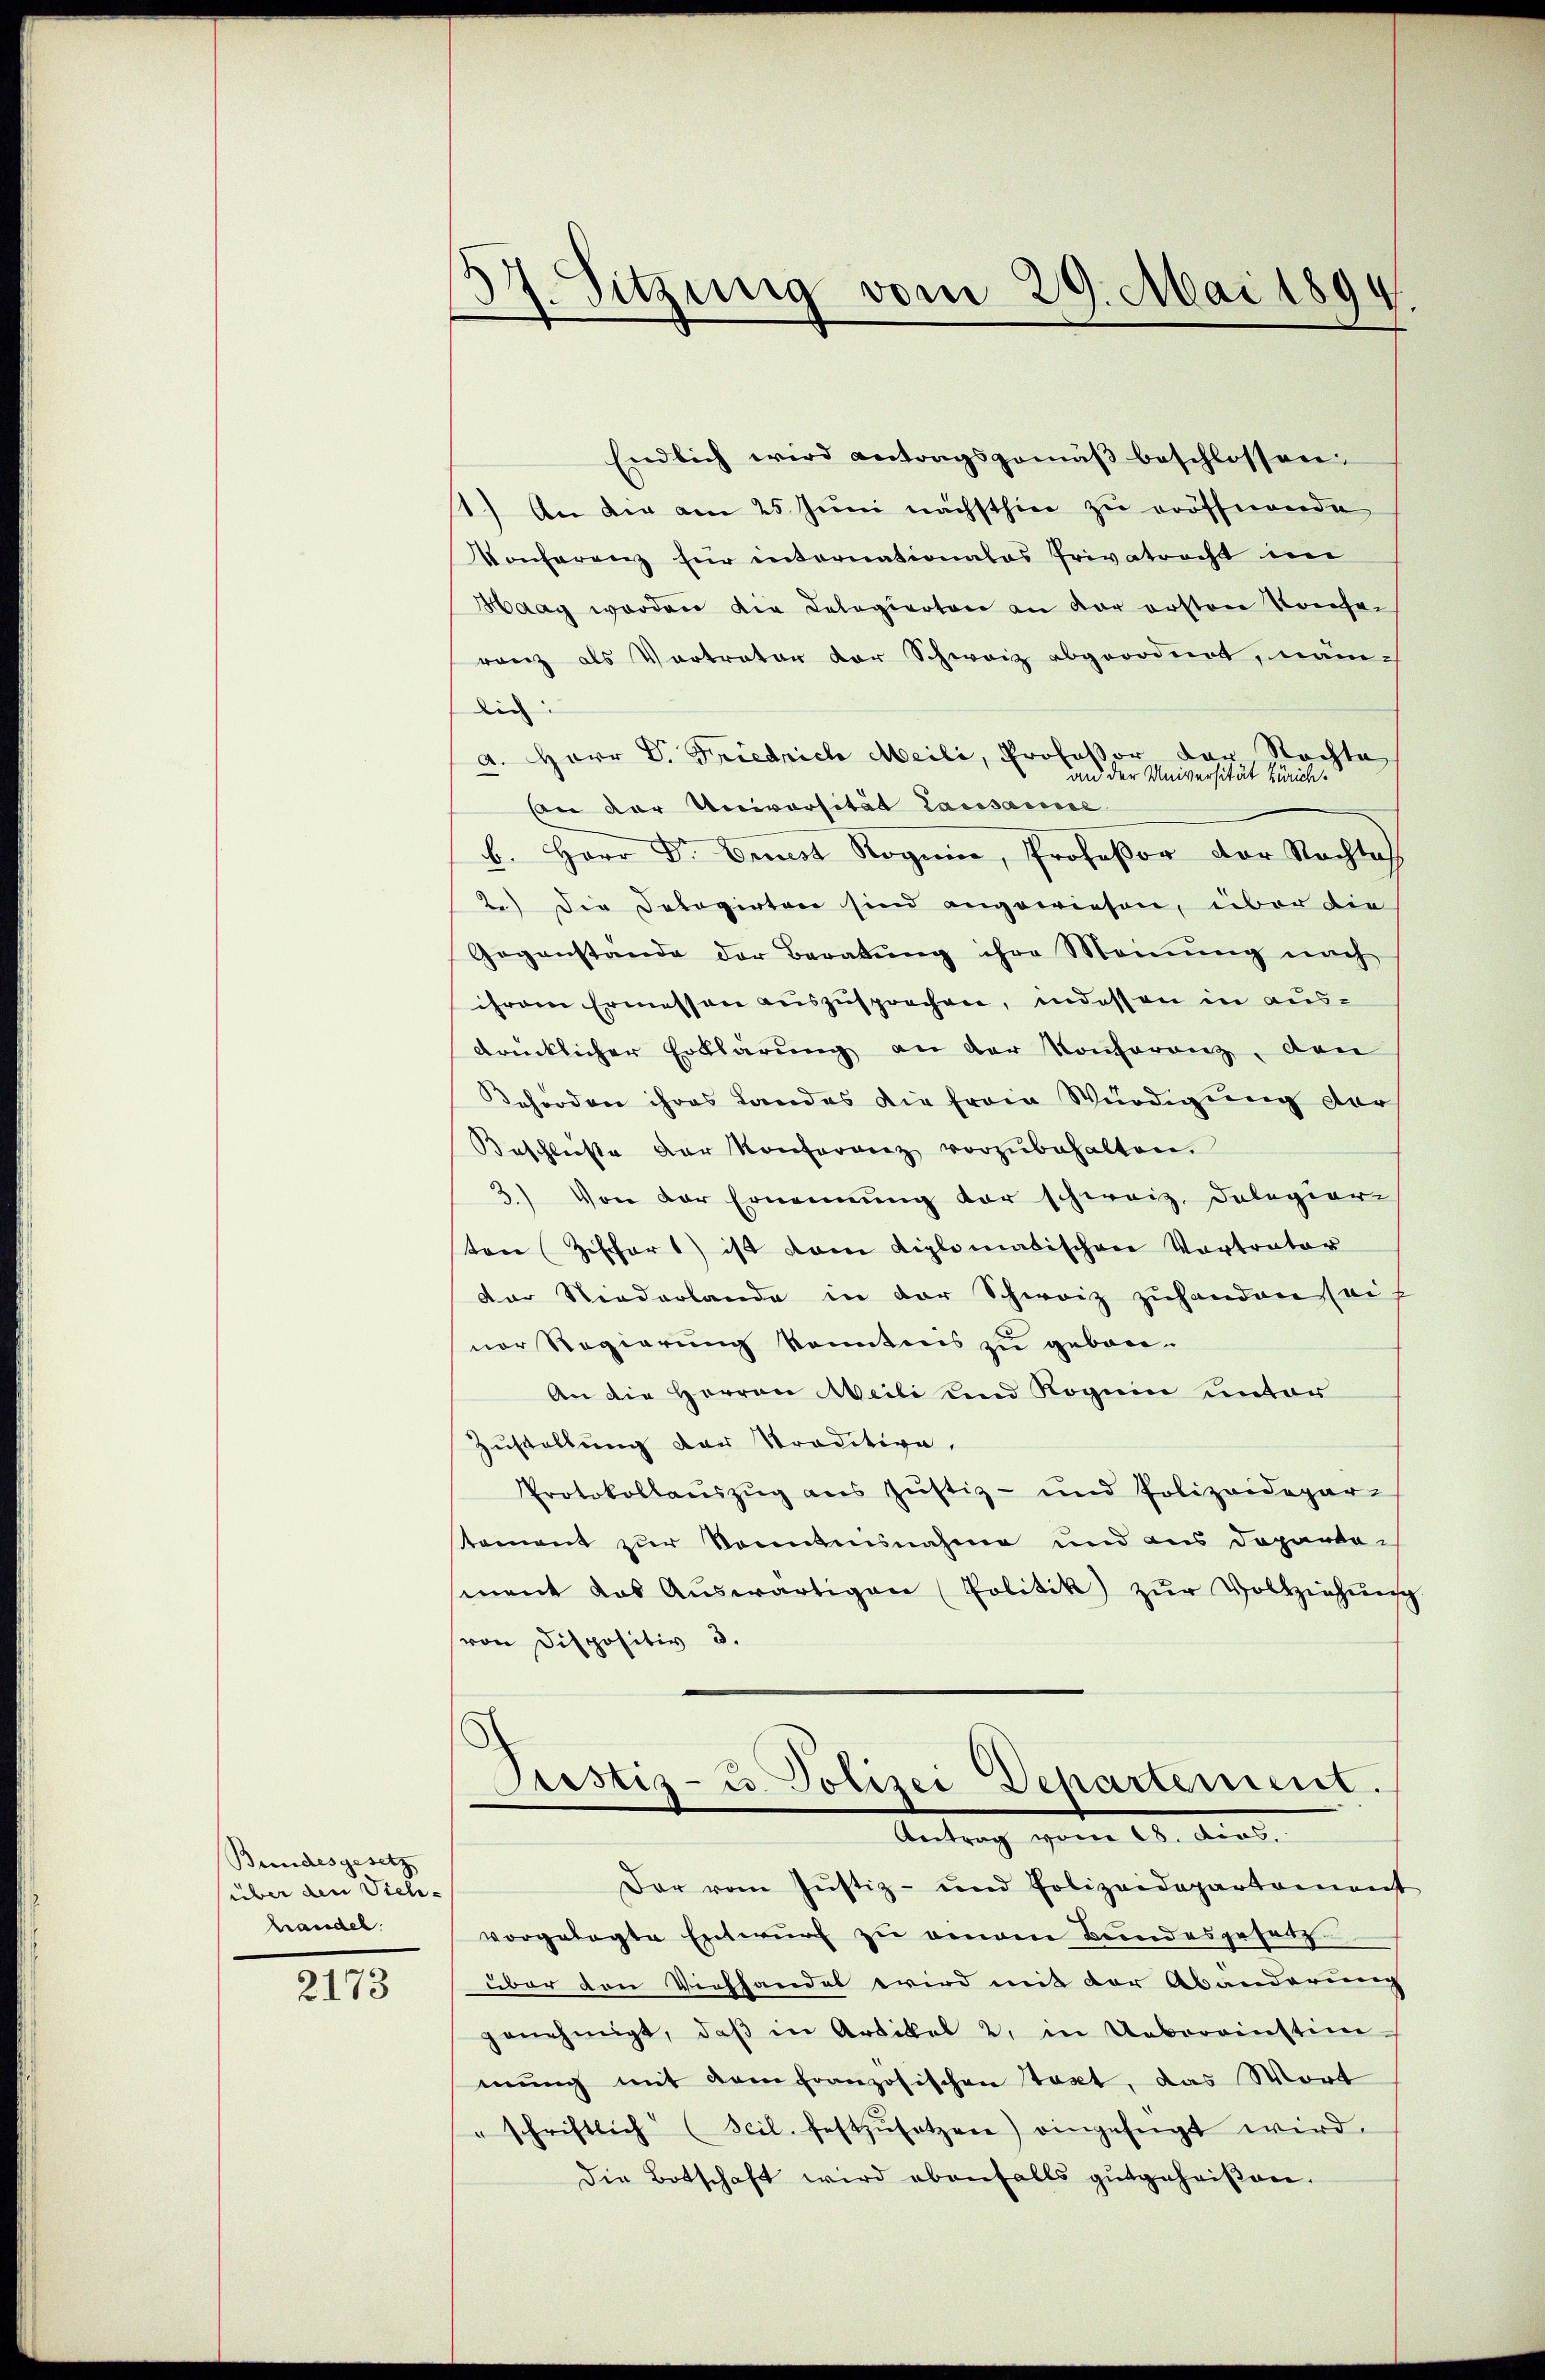
Bundesgesetz
(über den Vieh-
handel.

2173

e
37. Sitzung vom 29. Mai 1894.

Endlich wird antragsgemäβ beschlossen:
1.) An die am 25. Juni nächsthin zu eröffnende
Konferenz für internationales Privatrecht im
Haag worden die Delegierten an der ersten Konser
ranz als Vortrator der Schweiz abgeordnet, nämdie
a. Herr D. Friedrich Meili, Professor der Rechte,
an der Universität Zürich.
An der Universität Lausame
b. Herr Dr. Brust Rogene, Profeßor der Nachtes
2.) Die Delegirten sind angewiesen, über die
Gegenstande der Beratung ihre Meinung nach
ihrem Ermessen auszusprechen, indessen in ausdrücklicher Erklärung an der Konferenz, den
Behörden ihres Landes die frain Würdigung der
Beschluße der Konferenz vorzŭbehalten.
3) Von der Ernennung vor schweiz. Dolegier
tone (Zifchor 1) ist dem diplomatischen Vortrator
der Niederlande in der Schweiz zuhanden seif
nor Regierung konntens zu geborn-
An die Herren Meili und Roguin unter
Zustellung der Traditive,
Protokollauszug aus Justiz- und Polizeidepar-
tement zur Kenntnisnahme und aus Dopandor
mant das Aŭswärtigen (Politik) zŭr Vollziehŭng.
von Dispositiv 3.
Pustiz- u. Polizei Departement.
Antrag vom 19. dens.
Der vom Justiz- und Polizeidepartement
vorgelegte Entwurf zu eingen Bundesgesetz
über den Viehhandel wird mit der Abänderung
genehmigt, daβ in Artikel 2. in Uebereinstim-
mung mit dem französischen tagt, das Wort
" schriftlich (Scil. festzŭsetzen) eingefügt wird.
die Botschaft wird ebenfalls gutgeheißen.